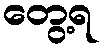
တွေ့ရ